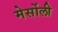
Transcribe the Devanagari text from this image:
मेर्सोली